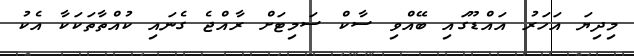
މިދިޔަ އަހަރު އައްޑޫގައި ބޭއްވި ސާކް ސަމިޓަށް ރާއްޖެ ގެނައި ކުއްތާތަކަކާ އެކު